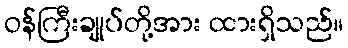
ဝန်ကြီးချုပ်တို့အား ထားရှိသည်။